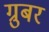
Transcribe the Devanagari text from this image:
ग्रुबर